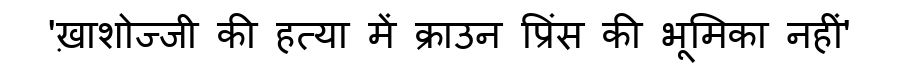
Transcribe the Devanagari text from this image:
'ख़ाशोज्जी की हत्या में क्राउन प्रिंस की भूमिका नहीं'